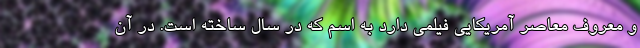
و معروف معاصر آمریکایی فیلمی دارد به اسم که در سال ساخته است. در آن